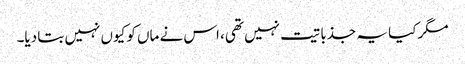
مگر کیا یہ جذباتیت نہیں تھی، اس نے ماں کو کیوں نہیں بتا دیا۔